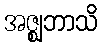
အဇ္ဈဘာသိ